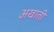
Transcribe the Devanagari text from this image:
अखाती